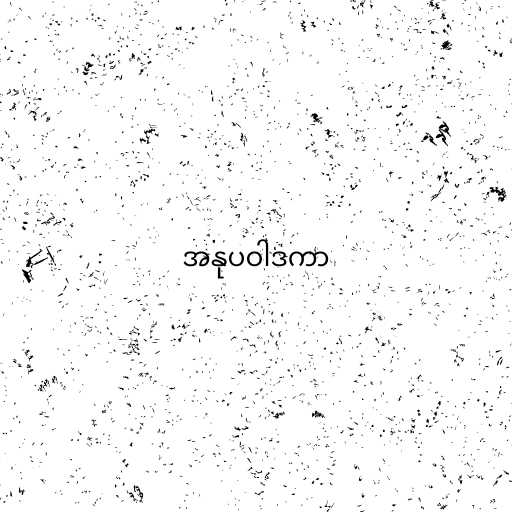
အနုပဝါဒကာ